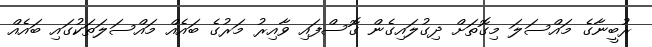
ރުބީނާގެ މައްސަލަ މިގޮތަށް ދިގުލައިގެން ގޮސްފައި ވާއިރު މަރުގެ ބައެއް މައްސަލަތަކުގައި ބައެއް